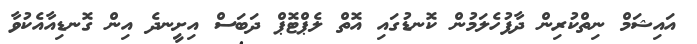
އައިޝަމް ނިތްކުރިން ދާފުހެލަމުން ކޮނޑުގައި އޮތް ލެޕްޓޮޕް ދަބަސް އިށީނދެ އިން ގޮނޑިއާއެކުވާ